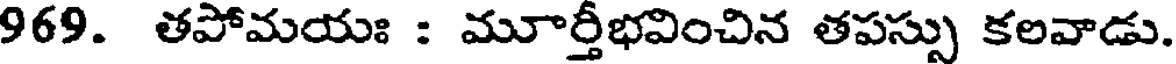
969. తపోమయః : మూర్తీభవించిన తపస్సు కలవాడు.